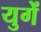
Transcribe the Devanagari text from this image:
युगें